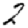
Digit: 2